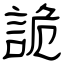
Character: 詭